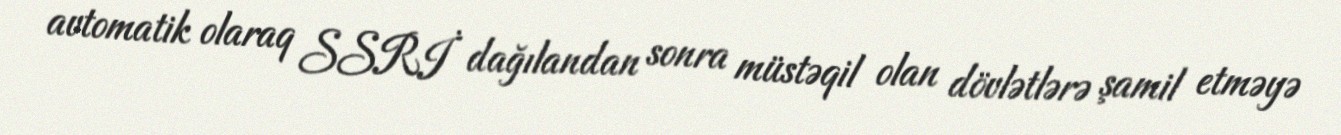
avtomatik olaraq SSRİ dağılandan sonra müstəqil olan dövlətlərə şamil etməyə